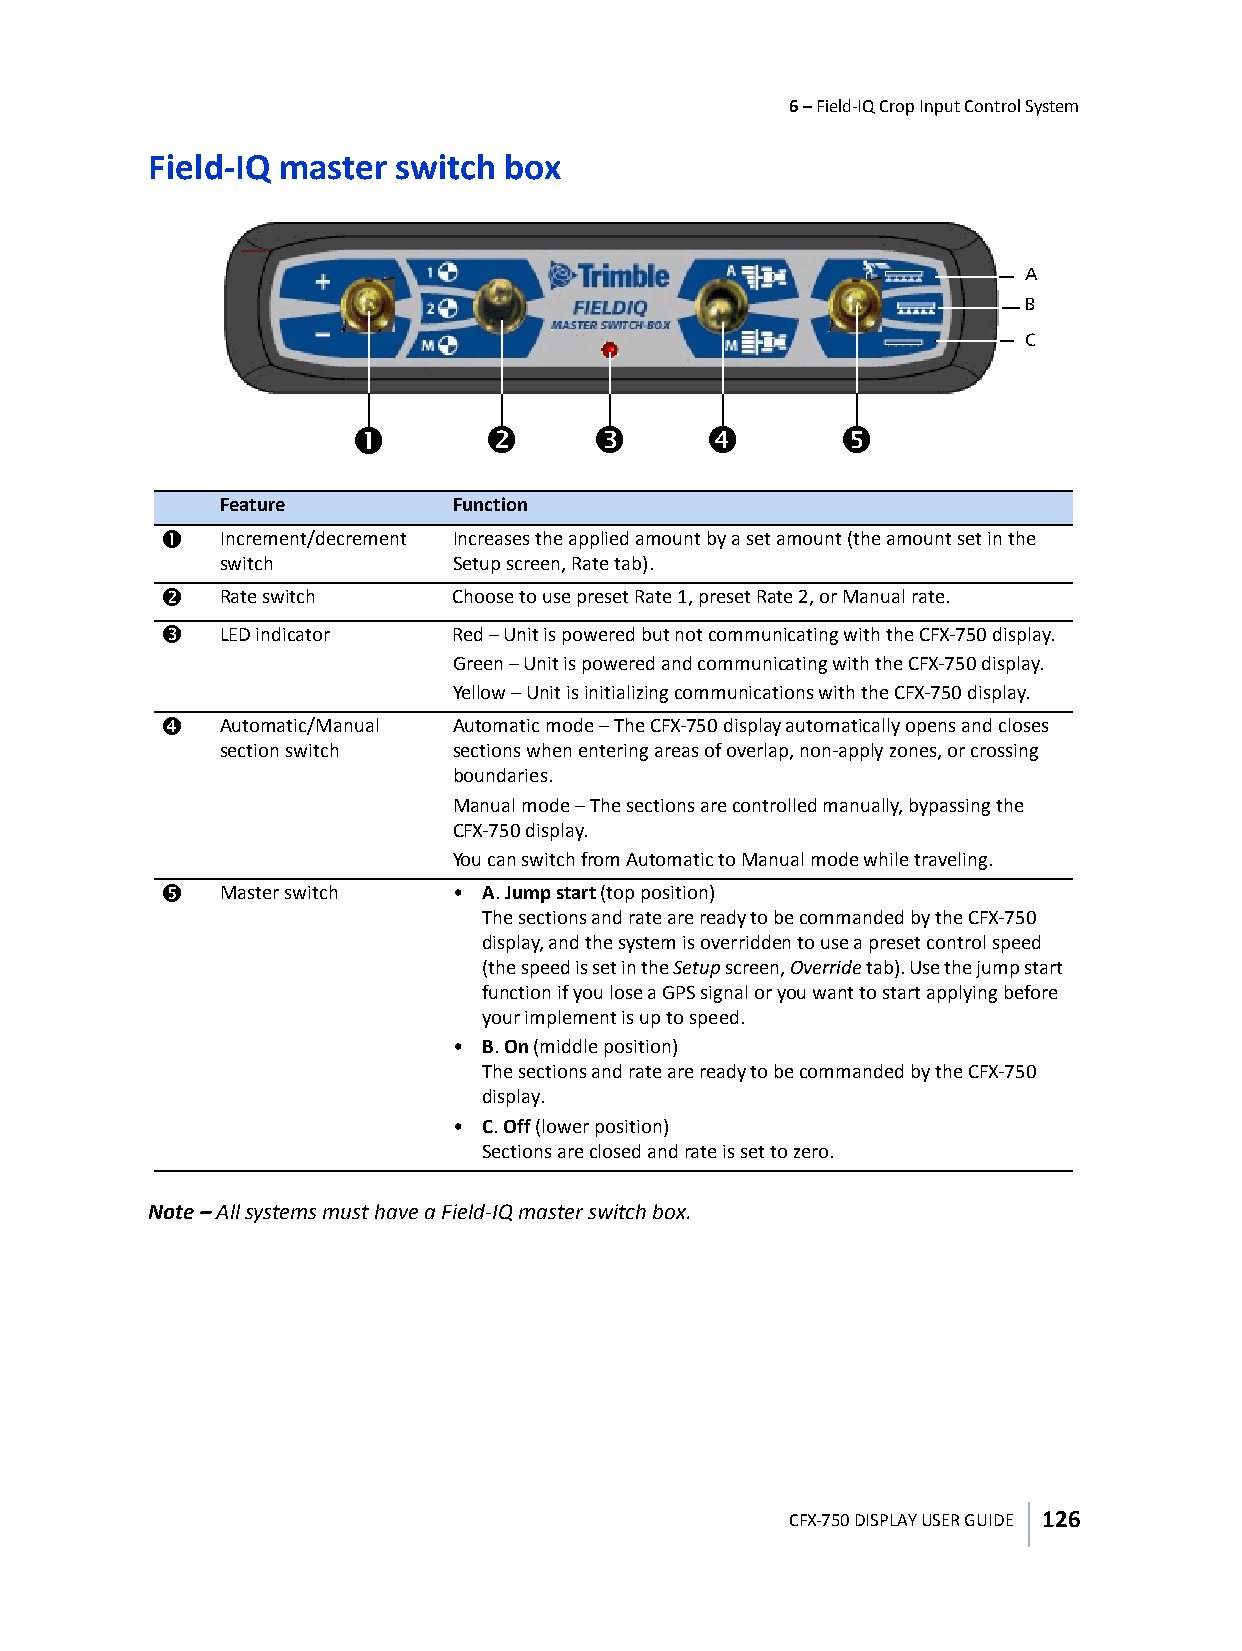
6 – Field-IQ Crop Input Control System
 Field-IQ master switch  box
 A
 B
 C
 c        d      e       f        g
 Feature        Function
 c   Increment/decrement Increases the applied amount by a set amount (the amount set in the
 switch         Setup screen, Rate tab).
 d   Rate switch    Choose to use preset Rate 1, preset Rate 2, or Manual rate.
 e   LED indicator  Red – Unit is powered but not communicating with the CFX-750 display.
 Green – Unit is powered and communicating with the CFX-750 display.
 Yellow – Unit is initializing communications with the CFX-750 display.
 f   Automatic/Manual Automatic mode – The CFX-750 display automatically opens and closes
 section switch sections when entering areas of overlap, non-apply zones, or crossing
 boundaries.
 Manual mode – The sections are controlled manually, bypassing the
 CFX-750 display.
 You can switch from Automatic to Manual mode while traveling.
 g   Master switch  • A. Jump start (top position)
 The sections and rate are ready to be commanded by the CFX-750
 display, and the system is overridden to use a preset control speed
 (the speed is set in the Setup screen, Override tab). Use the jump start
 function if you lose a GPS signal or you want to start applying before
 your implement is up to speed.
 • B. On (middle position)
 The sections and rate are ready to be commanded by the CFX-750
 display.
 • C. Off (lower position)
 Sections are closed and rate is set to zero.
 Note – All systems must have a Field-IQ master switch box.
 CFX-750 DISPLAY USER GUIDE 126